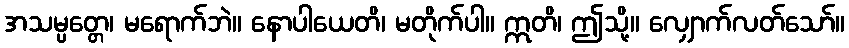
အသမ္ပတ္တေ၊ မရောက်ဘဲ။ နောပါယေတိ၊ မတိုက်ပါ။ ဣတိ၊ ဤသို့။ လျှောက်လတ်သော်။